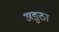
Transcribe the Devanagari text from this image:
अङुठा